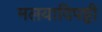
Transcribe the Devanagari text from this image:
मलयादिपट्टी